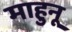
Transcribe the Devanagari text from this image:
माहुनू